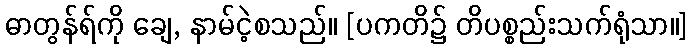
ဓာတွန်ရ်ကို ချေ, နာမ်ငဲ့စသည်။ [ပကတိ၌ တိပစ္စည်းသက်ရုံသာ။]